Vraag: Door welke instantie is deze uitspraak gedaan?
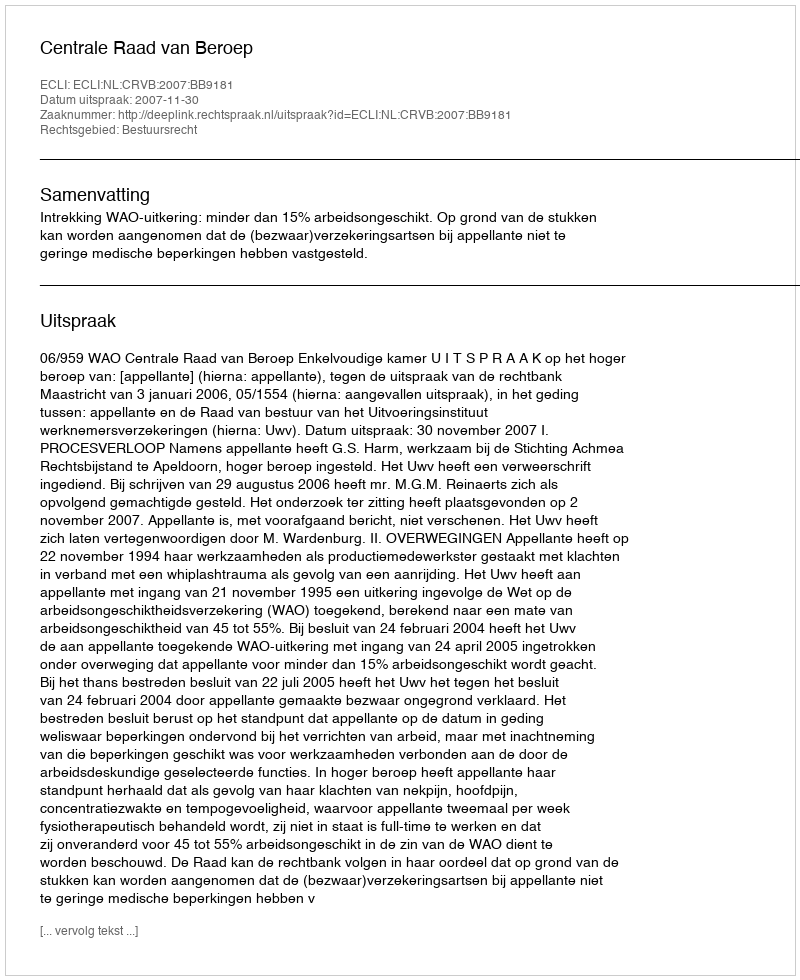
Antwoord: Centrale Raad van Beroep